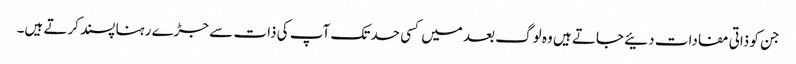
جن کو ذاتی مفادات دئیے جاتے ہیں وہ لوگ بعد میں کسی حد تک آپ کی ذات سے جڑے رہنا پسند کرتے ہیں۔